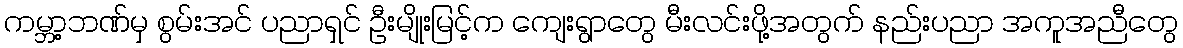
ကမ္ဘာ့ဘဏ်မှ စွမ်းအင် ပညာရှင် ဦးမျိုးမြင့်က ကျေးရွာတွေ မီးလင်းဖို့အတွက် နည်းပညာ အကူအညီတွေ